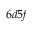
6 d 5 f